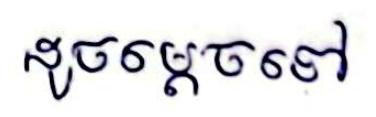
ដូចម្ដេចទៅ